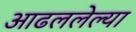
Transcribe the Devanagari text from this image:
आढललेल्या